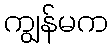
ကျွန်မက